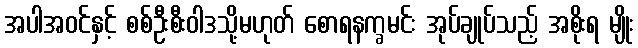
အပါအဝင်နှင့် စစ်ဦးစီးဝါဒသို့မဟုတ် စောရနက္ခမင်း အုပ်ချုပ်သည့် အစိုးရ မျိုး